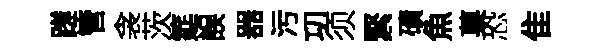
蹉管衾茨筵誤器污㓛须緊磧魚菓恐隹